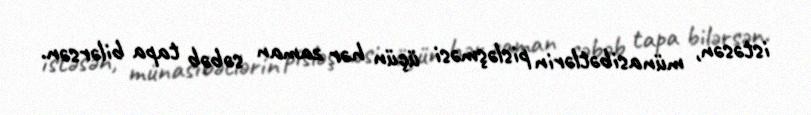
istəsən, münasibətlərin pisləşməsi üçün hər zaman səbəb tapa bilərsən.